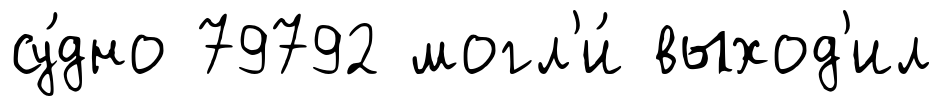
су́дно 79792 могл'и́ выход'ил